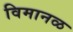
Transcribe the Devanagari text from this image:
विमानळ